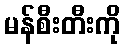
မန်စီးတီးကို